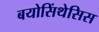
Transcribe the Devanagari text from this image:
बयोसिंथेसिस